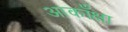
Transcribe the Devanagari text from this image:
आकाँक्षा